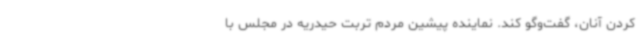
کردن آنان، گفت‌وگو کند. نماینده پیشین مردم تربت حیدریه در مجلس با